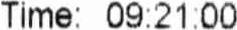
TIME: 09:21:00